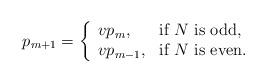
LaTeX: \begin{align*}p_{m+1} &= \left\{ \begin{array}{ll} v p_{m},& \mbox{if $N$ is odd},\\ v p_{m-1},& \mbox{if $N$ is even}.\end{array}\right.\end{align*}